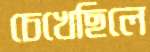
চেখেছিলে